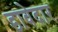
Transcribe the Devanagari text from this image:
डावेदार